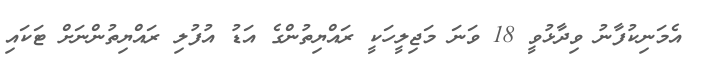
އެމަނިކުފާނު ވިދާޅުވީ 18 ވަނަ މަޖިލީހަކީ ރައްޔިތުންގެ އަޑު އުފުލި ރައްޔިތުންނަށް ޓަކައި